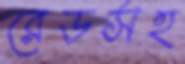
রেডসহ